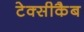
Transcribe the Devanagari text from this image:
टेक्सीकैब